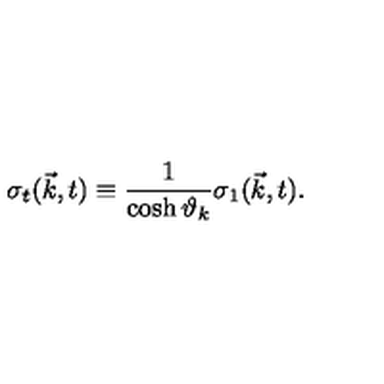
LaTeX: { \sigma } _ { t } ( { \vec { k } } , t ) \equiv \frac { 1 } { \cosh { \vartheta } _ { k } } { \sigma } _ { 1 } ( { \vec { k } } , t ) .